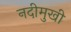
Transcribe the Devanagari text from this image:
नदीमुखी